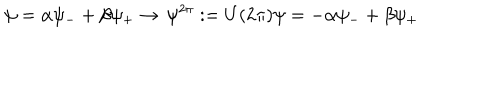
LaTeX: \psi = \alpha \psi _ { - } + \beta \psi _ { + } \rightarrow \, \psi ^ { 2 \pi } : = U ( 2 \pi ) \psi = - \alpha \psi _ { - } + \beta \psi _ { + }